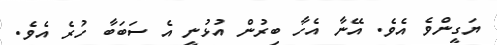
ޔަގީންވެ އެވެ. އޭނާ އެހާ ބިރުން އުޅުނީ އެ ސަބަބާ ހުރެ އެވެ.